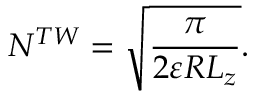
N ^ { T W } = \sqrt { \frac { \pi } { 2 \varepsilon R L _ { z } } } .